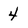
Character: 4